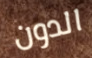
الدون